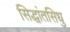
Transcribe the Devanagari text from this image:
सिद्धांतसिधु